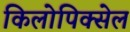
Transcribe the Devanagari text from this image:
किलोपिक्सेल